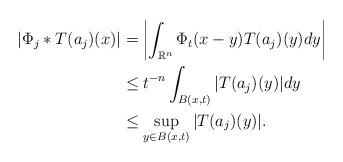
LaTeX: \begin{align*}\begin{aligned} \vert\Phi_{j}\ast T(a_{j})(x)\vert &=\left\vert \int_{\mathbb R^{n}}\Phi_{t}(x-y)T(a_{j})(y)dy\right\vert\\ &\leq t^{-n}\int_{B(x,t)}\vert T(a_{j})(y)\vert dy\\ &\leq\sup\limits_{y\in B(x,t)}\vert T(a_{j})(y)\vert.\end{aligned}\end{align*}